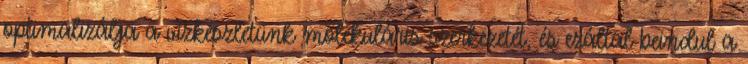
optimalizálja a vízkészletünk molekuláris szerkezetét, és ezáltal beindul a